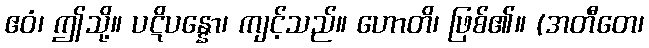
ဧဝံ၊ ဤသို့။ ပဋိပန္နော၊ ကျင့်သည်။ ဟောတိ၊ ဖြစ်၏။ (အတီတေ၊